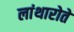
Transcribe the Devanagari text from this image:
लांथारोते